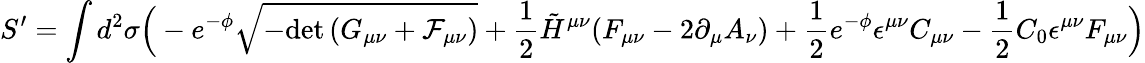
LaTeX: S^{\prime}=\int d^{2}\sigma\Big(-e^{-\phi}\sqrt{-\mathrm{det}\, (G_{\mu\nu}+{\cal F}_{\mu\nu})}+\frac{1}{2}\tilde{H}^{\mu\nu}(F_{\mu\nu}-2\partial_{\mu}A_{\nu})+\frac{1}{2}e^{-\phi}\epsilon^{\mu\nu}C_{\mu\nu}-\frac{1}{2}C_{0}\epsilon^{\mu\nu}F_{\mu\nu}\Big)